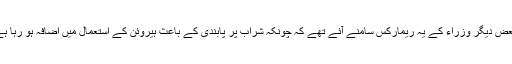
گزشتہ دنوں وفاقی وزیر ڈاکٹر شیر افگن نیازی اور بعض دیگر وزراء کے یہ ریمارکس سامنے آئے تھے کہ چونکہ شراب پر پابندی کے باعث ہیروئن کے استعمال میں اضافہ ہو رہا ہے اس لیے شراب پر عائد پابندی ختم کر دینی چاہیے۔